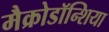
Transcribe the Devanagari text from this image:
मैक्रोडॉन्शिया